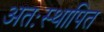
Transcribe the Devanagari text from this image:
अतःस्थापित